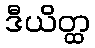
ဒီယိတ္ထ